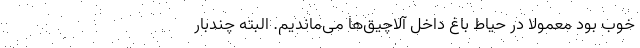
خوب بود معمولا در حیاط باغ داخل آلاچیق‌ها می‌ماندیم. البته چندبار